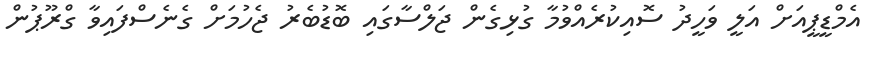
އެމްޑީޕީއަށް އަލީ ވަހީދު ސޮއިކުރެއްވުމާ ގުޅިގެން ޖަލްސާގައި ބޮޑުބެރު ޖެހުމަށް ގެނެސްފައިވާ ގްރޫޕުން